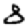
Digit: 8